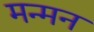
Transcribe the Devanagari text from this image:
मन्मन